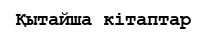
Қытайша кітаптар